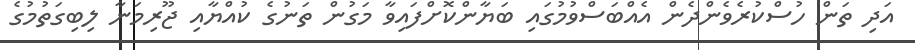
އަދި ތަން ހުސްކުރެވެންދެން އެއްބަސްވުމުގައި ބަޔާންކޮށްފައިވާ މަގުން ތަނުގެ ކުއްޔާއި ޖޫރިމަނާ ލިބިގަތުމުގެ